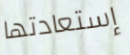
إستعادتها